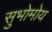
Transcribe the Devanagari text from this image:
सुभोमोय